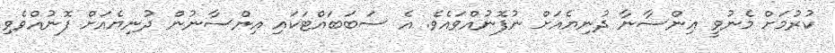
ކުރުމަށް މެނުވީ އިންސާނާ ދުނިޔެއަށް ނުފޮނުއްވައެވެ. އެ ސަބަބައްޓަކައި އިންސާނުން ދުނިޔެއަށް ފޮނުއްވެވި